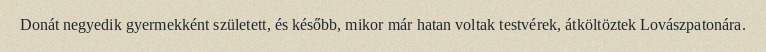
Donát negyedik gyermekként született, és később, mikor már hatan voltak testvérek, átköltöztek Lovászpatonára.